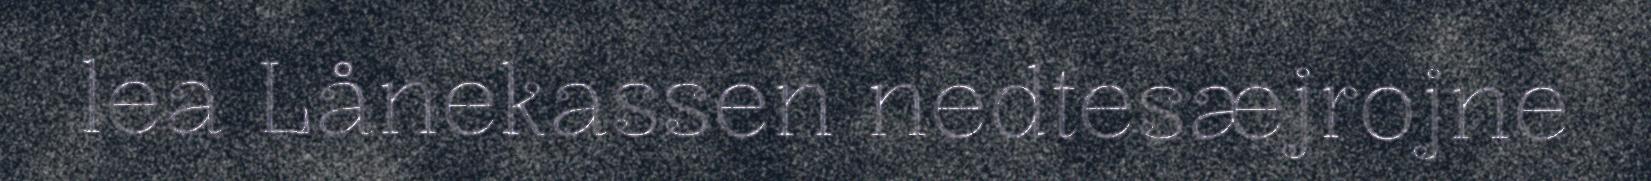
lea Lånekassen nedtesæjrojne